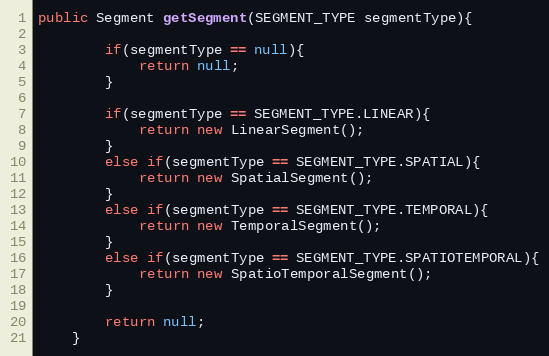
Language: Java
public Segment getSegment(SEGMENT_TYPE segmentType){

		if(segmentType == null){
			return null;
		}

		if(segmentType == SEGMENT_TYPE.LINEAR){
			return new LinearSegment();
		}
		else if(segmentType == SEGMENT_TYPE.SPATIAL){
			return new SpatialSegment();
		}
		else if(segmentType == SEGMENT_TYPE.TEMPORAL){
			return new TemporalSegment();
		}
		else if(segmentType == SEGMENT_TYPE.SPATIOTEMPORAL){
			return new SpatioTemporalSegment();
		}

		return null;
	}